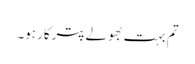
تم بہت بھولے پترکار ہو۔